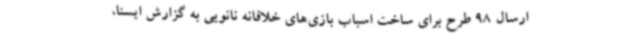
ارسال 98 طرح برای ساخت اسباب بازی‌های خلاقانه نانویی به گزارش ایسنا،